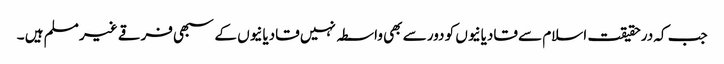
جب کہ درحقیقت اسلام سے قادیانیوں کو دور سے بھی واسطہ نہیں قادیانیوں کے سبھی فرقے غیر مسلم ہیں ۔